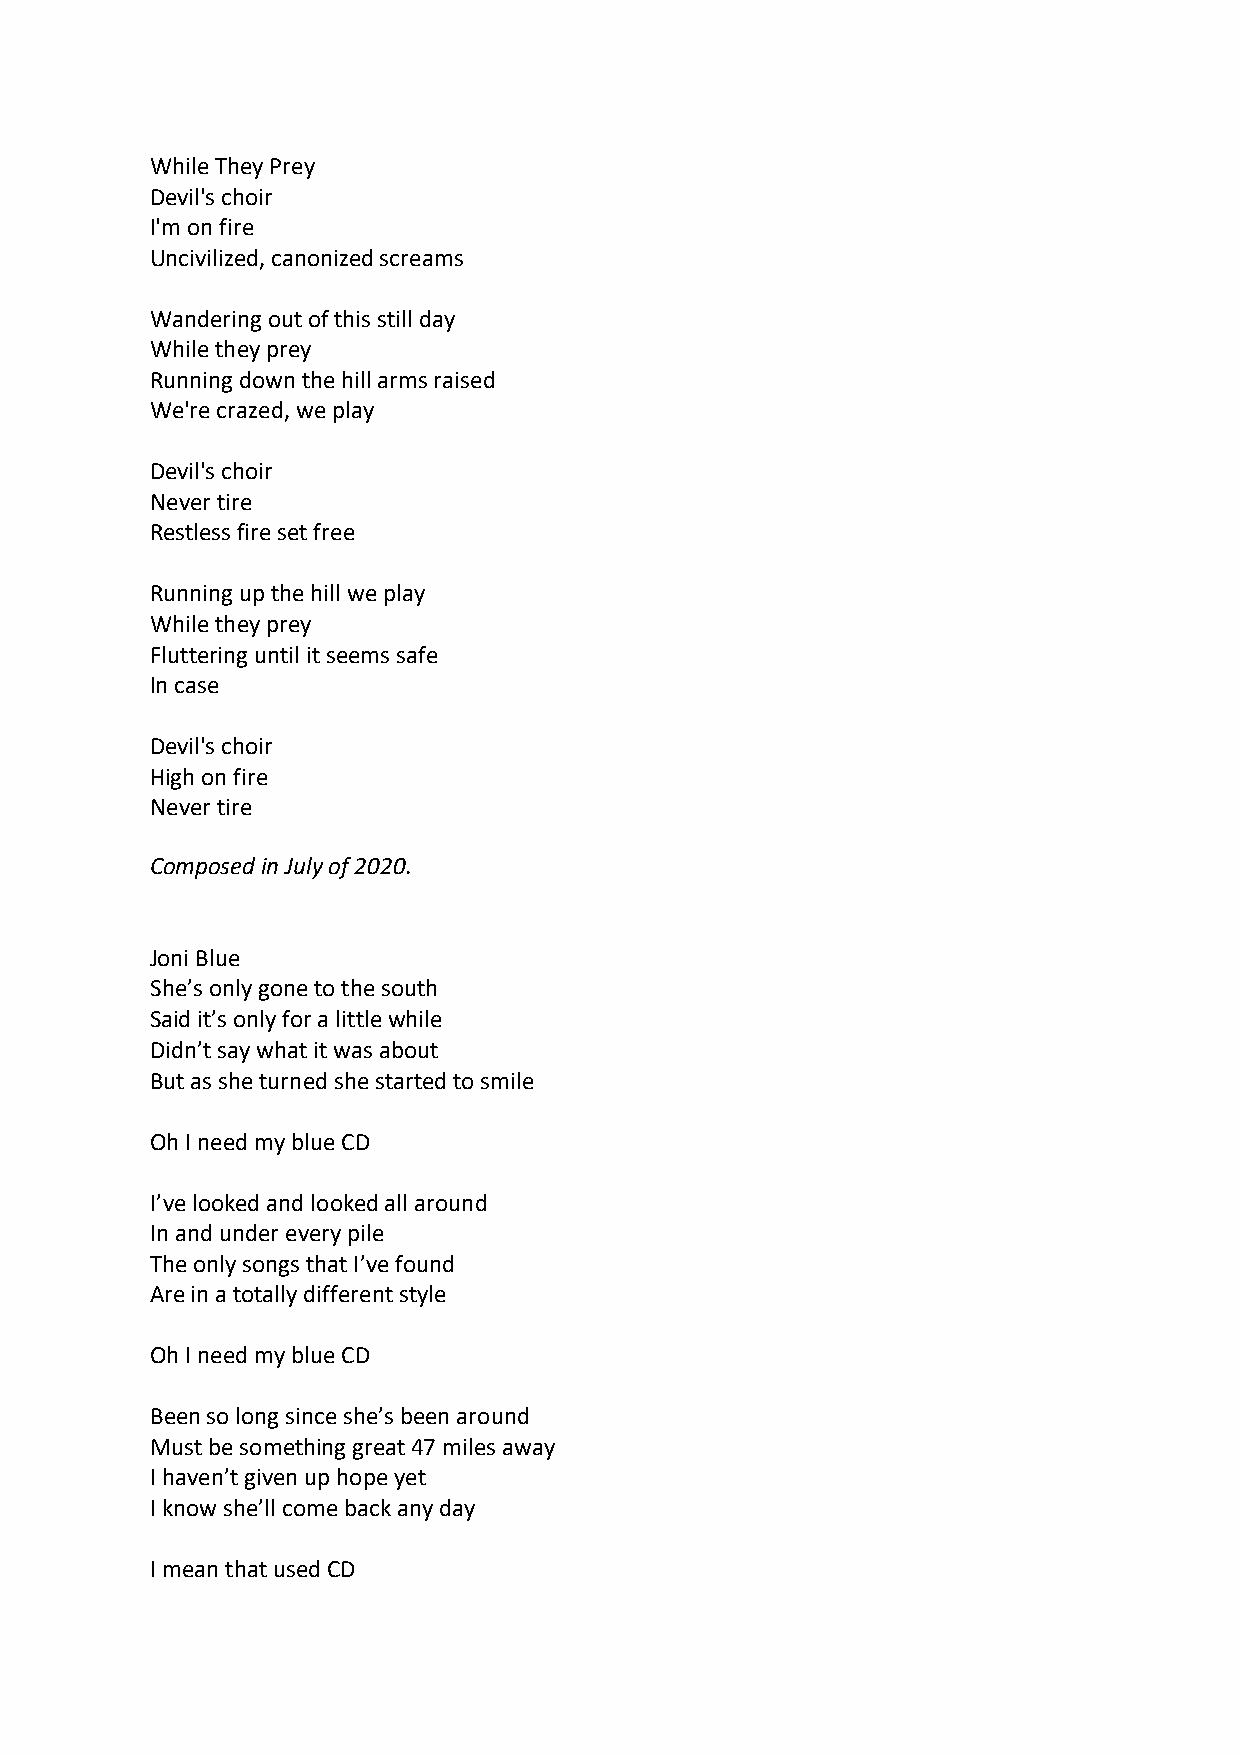
While They Prey
 Devil's choir
 I'm on fire
 Uncivilized, canonized screams
 Wandering out of this still day
 While they prey
 Running down the hill arms raised
 We're crazed, we play
 Devil's choir
 Never tire
 Restless fire set free
 Running up the hill we play
 While they prey
 Fluttering until it seems safe
 In case
 Devil's choir
 High on fire
 Never tire
 Composed in July of 2020.
 Joni Blue
 She’s only gone to the south
 Said it’s only for a little while
 Didn’t say what it was about
 But as she turned she started to smile
 Oh I need my blue CD
 I’ve looked and looked all around
 In and under every pile
 The only songs that I’ve found
 Are in a totally different style
 Oh I need my blue CD
 Been so long since she’s been around
 Must be something great 47 miles away
 I haven’t given up hope yet
 I know she’ll come back any day
 I mean that used CD